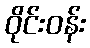
ဝိုင်းဝန်း